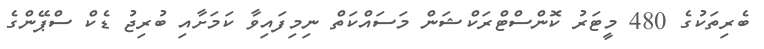
ބެރިތަކުގެ 480 މީޓަރު ކޮންސްޓްރަކްޝަން މަސައްކަތް ނިމިފައިވާ ކަމަށާއި ބުރިޖު ޑެކް ސްޕޭންގެ